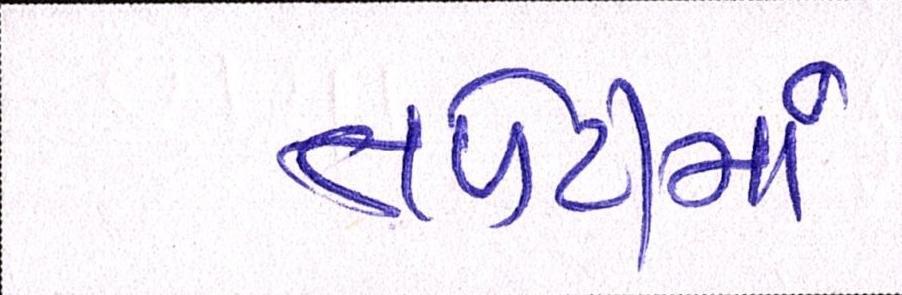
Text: તળેટીમાં